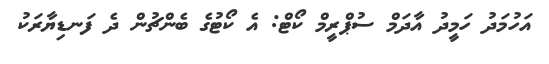
އަހުމަދު ހަމީދު އާދަމް ސުޕްރީމް ކޯޓް: އެ ކޯޓުގެ ބެންޗުން ދެ ފަނޑިޔާރަކު